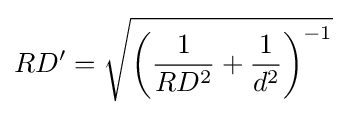
RD'={\sqrt {\left({\frac {1}{RD^{2}}}+{\frac {1}{d^{2}}}\right)^{-1}}}